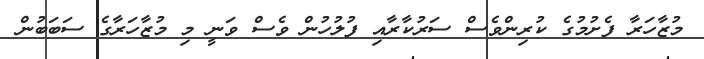
މުޒާހަރާ ފެށުމުގެ ކުރިންވެސް ސަރުކާރާއި ފުލުހުން ވެސް ވަނީ މި މުޒާހަރާގެ ސަބަބުން